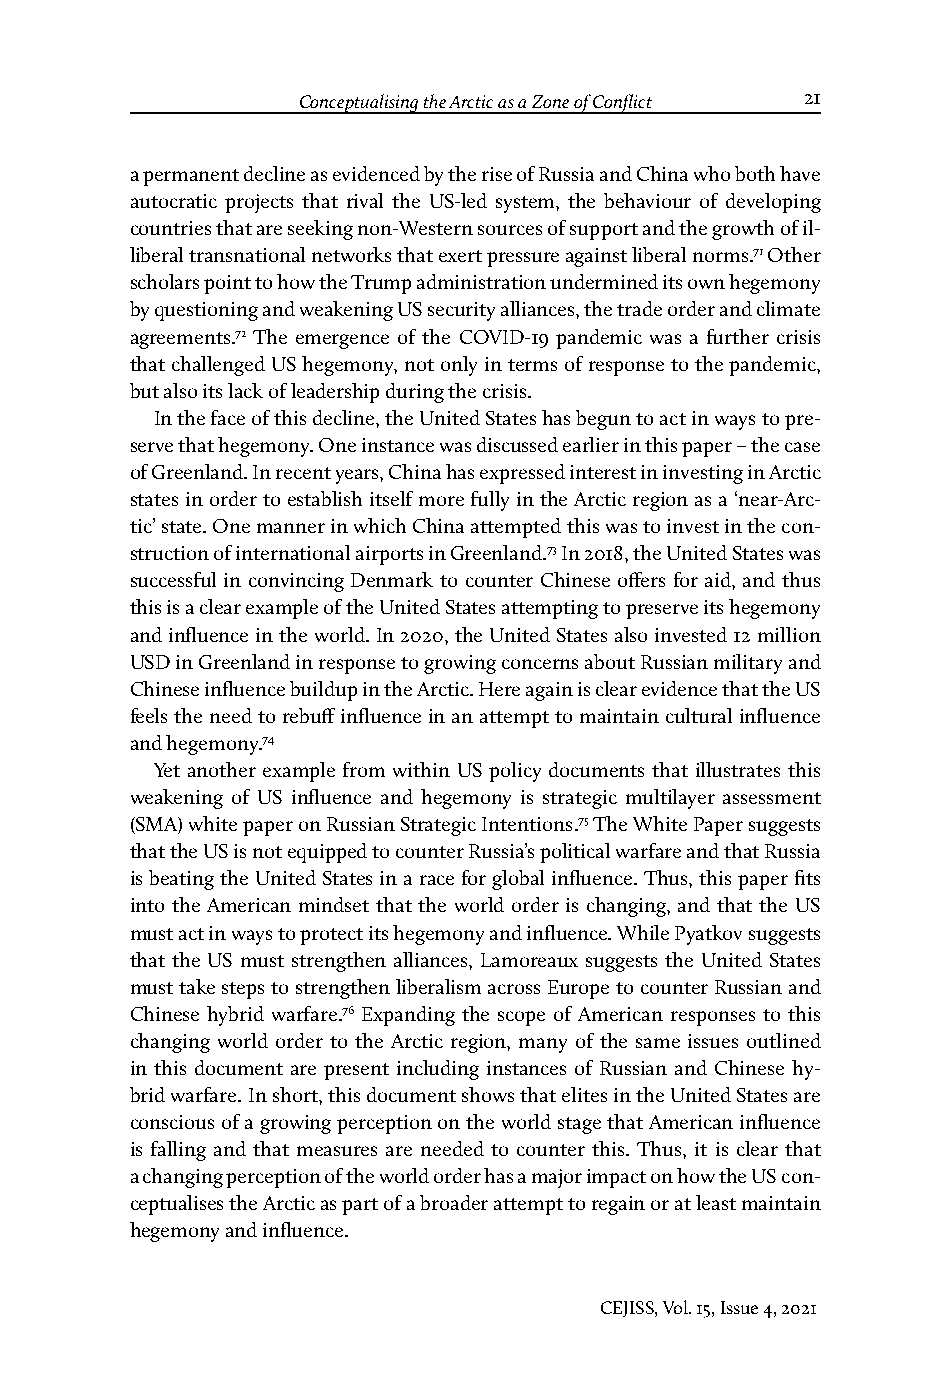
Gabriella Gricius   Conceptualising the Arctic as a Zone of Conflict 21
 a permanent decline as evidenced by the rise of Russia and China who both have
 autocratic projects that rival the US-led system, the behaviour of developing
 countries that are seeking non-Western sources of support and the growth of il-
 liberal transnational networks that exert pressure against liberal norms.71 Other
 scholars point to how the Trump administration undermined its own hegemony
 by questioning and weakening US security alliances, the trade order and climate
 agreements.72 The emergence of the COVID-19 pandemic was a further crisis
 that challenged US hegemony, not only in terms of response to the pandemic,
 but also its lack of leadership during the crisis.
 In the face of this decline, the United States has begun to act in ways to pre-
 serve that hegemony. One instance was discussed earlier in this paper – the case
 of Greenland. In recent years, China has expressed interest in investing in Arctic
 states in order to establish itself more fully in the Arctic region as a ‘near-Arc-
 tic’ state. One manner in which China attempted this was to invest in the con-
 struction of international airports in Greenland.73 In 2018, the United States was
 successful in convincing Denmark to counter Chinese offers for aid, and thus
 this is a clear example of the United States attempting to preserve its hegemony
 and influence in the world. In 2020, the United States also invested 12 million
 USD in Greenland in response to growing concerns about Russian military and
 Chinese influence buildup in the Arctic. Here again is clear evidence that the US
 feels the need to rebuff influence in an attempt to maintain cultural influence
 and hegemony.74
 Yet another example from within US policy documents that illustrates this
 weakening of US influence and hegemony is strategic multilayer assessment
 (SMA) white paper on Russian Strategic Intentions.75 The White Paper suggests
 that the US is not equipped to counter Russia’s political warfare and that Russia
 is beating the United States in a race for global influence. Thus, this paper fits
 into the American mindset that the world order is changing, and that the US
 must act in ways to protect its hegemony and influence. While Pyatkov suggests
 that the US must strengthen alliances, Lamoreaux suggests the United States
 must take steps to strengthen liberalism across Europe to counter Russian and
 Chinese hybrid warfare.76 Expanding the scope of American responses to this
 changing world order to the Arctic region, many of the same issues outlined
 in this document are present including instances of Russian and Chinese hy-
 brid warfare. In short, this document shows that elites in the United States are
 conscious of a growing perception on the world stage that American influence
 is falling and that measures are needed to counter this. Thus, it is clear that
 a changing perception of the world order has a major impact on how the US con-
 ceptualises the Arctic as part of a broader attempt to regain or at least maintain
 hegemony and influence.
 CEJISS, Vol. 15, Issue 4, 2021